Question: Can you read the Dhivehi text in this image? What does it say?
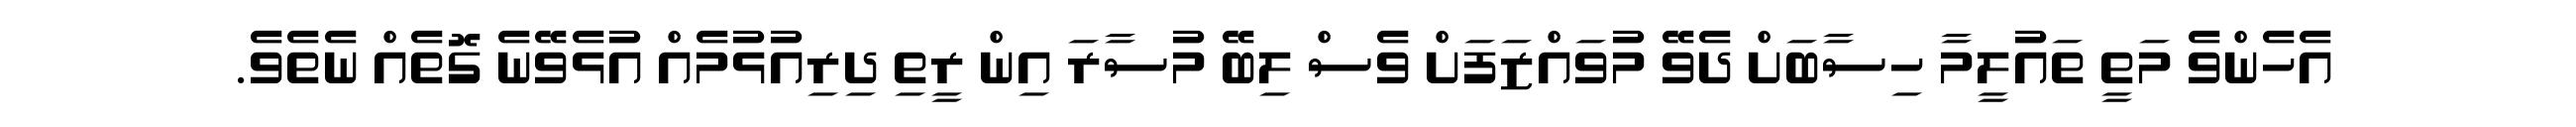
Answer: އެހެންވެ މަތީ ތައުލީމާ ހިސާބަށް ދެވޭ މުވައްޒަފަށް ވެސް ލިބޭ މުސާރަ އިން ރީތި ދިރިއުޅުމެއް އުޅެވޭނެ ގޮތެއް ނެތެވެ.